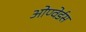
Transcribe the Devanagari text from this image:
ओण्वेर्डस